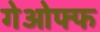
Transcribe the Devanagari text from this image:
गेओफ्फ